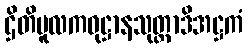
ဌိတိမူလကဝုဋ္ဌာနသုတ္တာဒိအဋ္ဌကံ